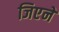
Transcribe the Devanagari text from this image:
जिएने